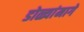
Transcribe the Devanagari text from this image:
डोळ्यांमागे